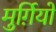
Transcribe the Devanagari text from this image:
मुर्ग़ियों